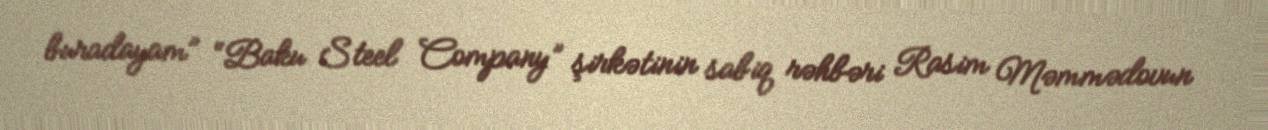
buradayam” “Baku Steel Company” şirkətinin sabiq rəhbəri Rasim Məmmədovun